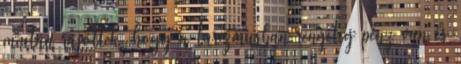
miután rájöttek, hogy a turizmusban rengeteg pénz van és